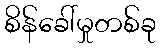
စိန်ခေါ်မှုတစ်ခု